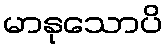
မာနုသောပိ